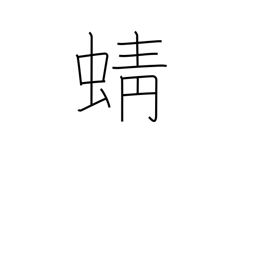
Meaning: dragonfly